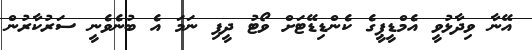
އޭނާ ވިދާޅުވީ އެމްޑީޕީގެ ކެންޑިޑޭޓަށް ވޯޓު ދީފި ނަމަ އެ ބުނެވެނީ ސަރުކާރުން